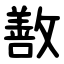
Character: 敾